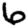
Digit: 6